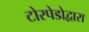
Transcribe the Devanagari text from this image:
टोरपेडोद्वारा